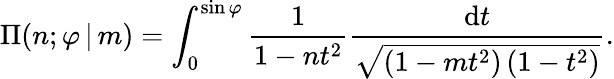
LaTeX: \Pi(n;\varphi\, |\, m)=\int_{0}^{\sin\varphi}{\frac{1}{1-nt^{2}}}{\frac{\mathrm{d}t}{\sqrt{\left(1-mt^{2}\right)\left(1-t^{2}\right)}}}.